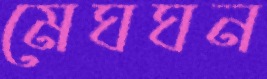
মেঘঘন